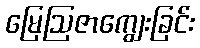
မြေဩဇာကျွေးခြင်း